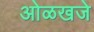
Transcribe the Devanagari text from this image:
ओळखजे